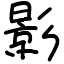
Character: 影